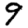
Digit: 9